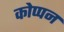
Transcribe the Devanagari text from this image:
कोप्पन